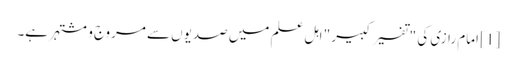
[1] امام رازی کی "تفسیر کبیر " اہل علم میں صدیوں سے مروج و مشتہر ہے۔